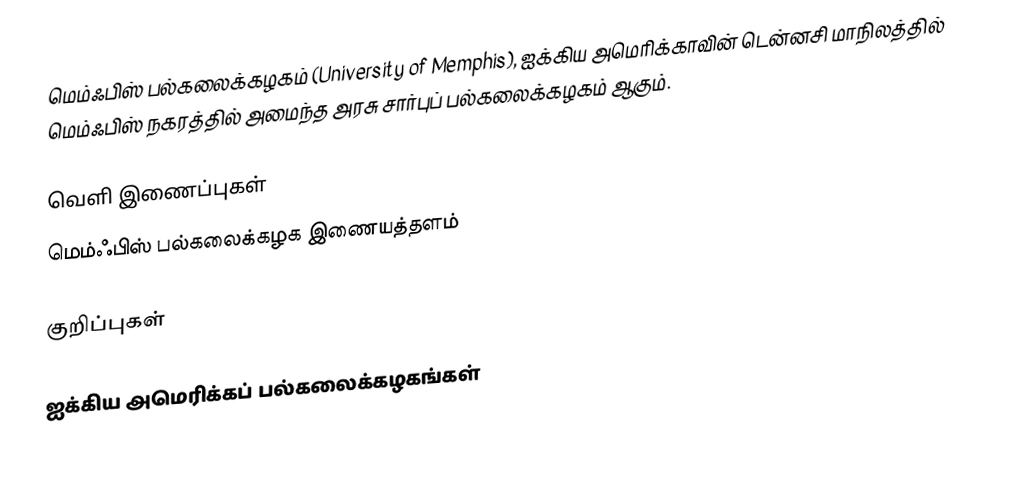
மெம்ஃபிஸ் பல்கலைக்கழகம் (University of Memphis), ஐக்கிய அமெரிக்காவின் டென்னசி மாநிலத்தில் மெம்ஃபிஸ் நகரத்தில் அமைந்த அரசு சார்புப் பல்கலைக்கழகம் ஆகும்.

வெளி இணைப்புகள்
மெம்ஃபிஸ் பல்கலைக்கழக இணையத்தளம்

குறிப்புகள்

ஐக்கிய அமெரிக்கப் பல்கலைக்கழகங்கள்